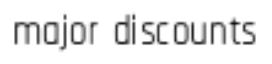
major discounts